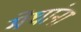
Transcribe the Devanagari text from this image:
मेघांना